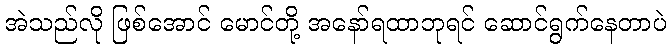
အဲသည်လို ဖြစ်အောင် မောင်တို့ အနော်ရထာဘုရင် ဆောင်ရွက်နေတာပဲ